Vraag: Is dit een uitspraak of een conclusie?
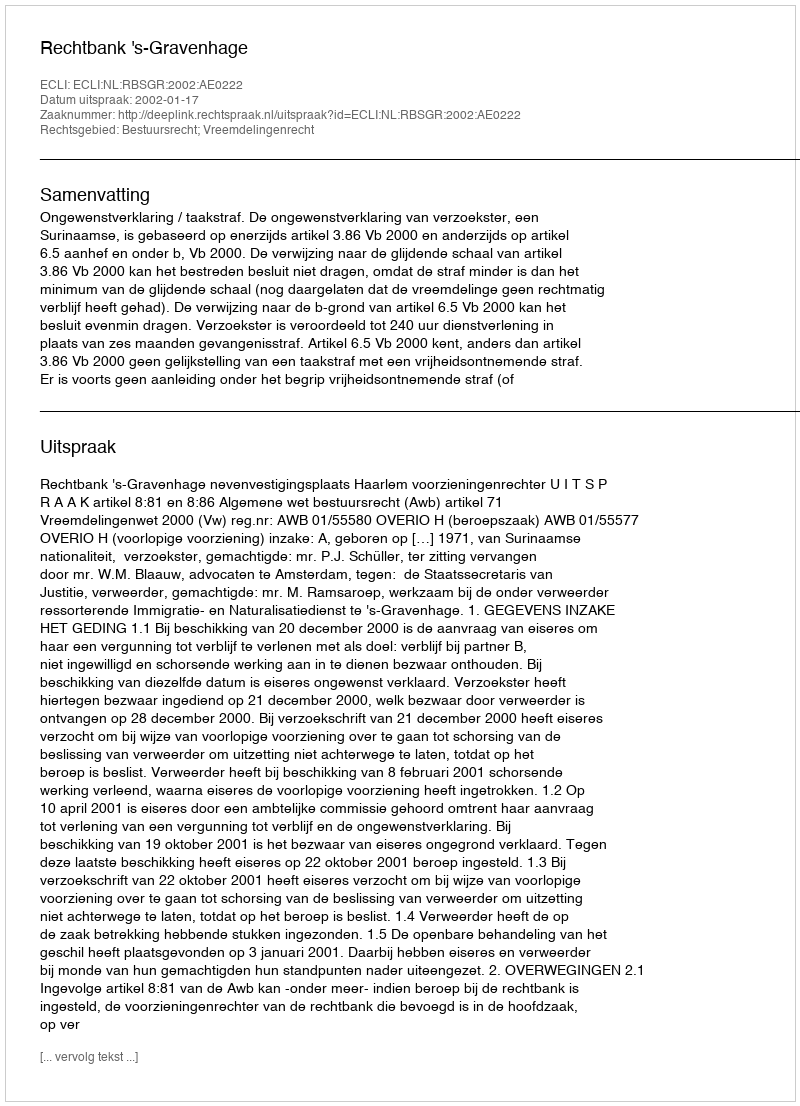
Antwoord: Uitspraak